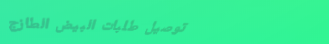
توصيل طلبات البيض الطازج